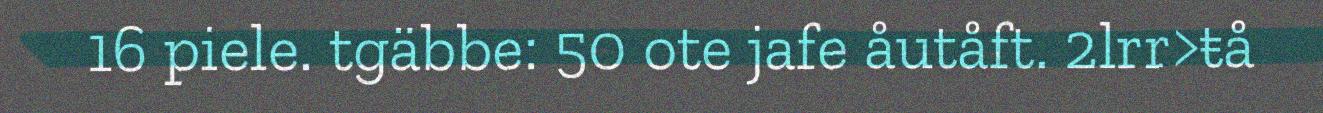
16 piele. tgäbbe: 50 ote jafe åutåft. 2lrr>ŧå